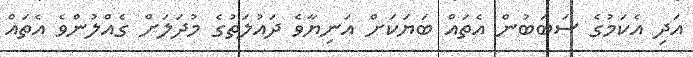
އަދި އެކަމުގެ ސަބަބުން އެތައް ބަޔަކަށް އަނިޔާވެ ދައުލަތުގެ މުދަލަށް ގެއްލުންވެ އެތައް